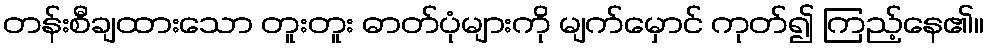
တန်းစီချထားသော တူးတူး ဓာတ်ပုံများကို မျက်မှောင် ကုတ်၍ ကြည့်နေ၏။